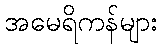
အမေရိကန်များ